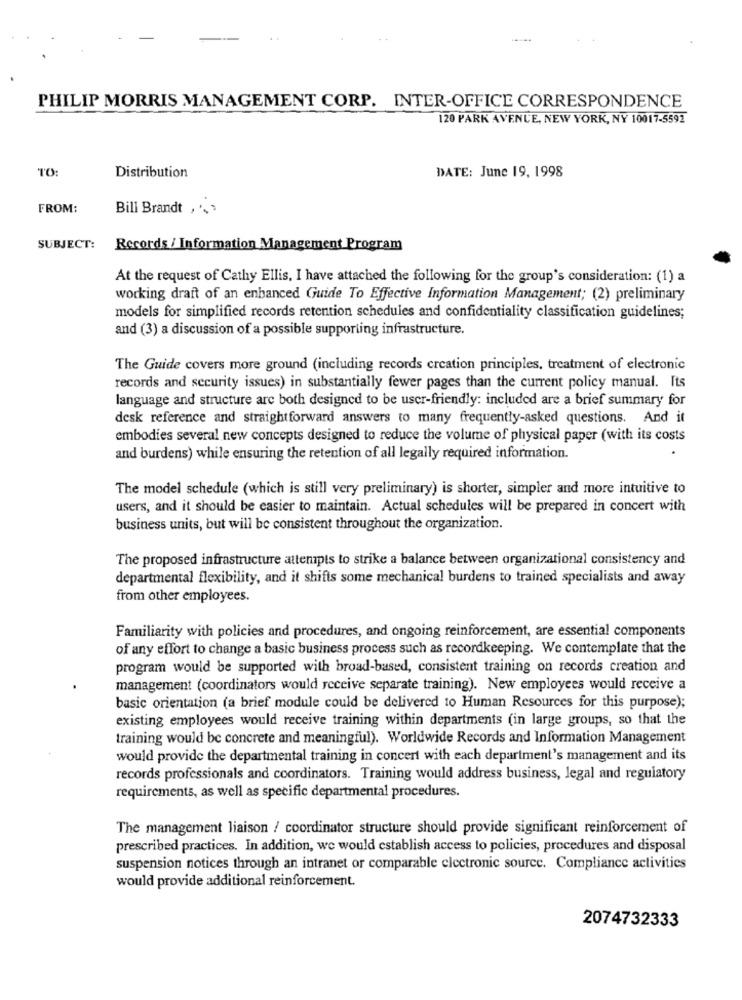
PHILIP MORRIS MANAGEMENT CORP. INTER-OFFICE CORRESPONDENCE
120 PARK AVENUE, NEW YORK, NY 10017-5592
TO:
Distribution
DATE: June 19, 1998
FROM:
Bill Brandt , . .
SUBJECT:
Records / Information Management Program
At the request of Cathy Ellis, I have attached the following for the group's consideration: (1) a
working draft of an enhanced Guide To Effective Information Management; (2) preliminary
models for simplified records retention schedules and confidentiality classification guidelines;
and (3) a discussion of a possible supporting infrastructure.
The Guide covers more ground (including records creation principles, treatment of electronic
records and security issues) in substantially fewer pages than the current policy manual. Its
language and structure arc both designed to be user-friendly: included are a brief summary for
desk reference and straightforward answers to many frequently-asked questions. And it
embodies several new concepts designed to reduce the volume of physical paper (with its costs
and burdens) while ensuring the retention of all legally required information.
The model schedule (which is still very preliminary) is shorter, simpler and more intuitive to
users, and it should be easier to maintain. Actual schedules will be prepared in concert with
business units, but will be consistent throughout the organization.
The proposed infrastructure attempts to strike a balance between organizational consistency and
departmental flexibility, and it shifts some mechanical burdens to trained specialists and away
from other employees.
Familiarity with policies and procedures, and ongoing reinforcement, are essential components
of any effort to change a basic business process such as recordkeeping. We contemplate that the
program would be supported with broad-based, consistent training on records creation and
management (coordinators would receive separate training). New employees would receive a
basic orientation (a brief module could be delivered to Human Resources for this purpose);
existing employees would receive training within departments (in large groups, so that the
training would be concrete and meaningful). Worldwide Records and Information Management
would provide the departmental training in concert with each department's management and its
records professionals and coordinators. Training would address business, legal and regulatory
requirements, as well as specific departmental procedures.
The management liaison / coordinator structure should provide significant reinforcement of
prescribed practices. In addition, we would establish access to policies, procedures and disposal
suspension notices through an intranet or comparable electronic source. Compliance activities
would provide additional reinforcement.
2074732333